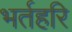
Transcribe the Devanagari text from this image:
भर्तहरि